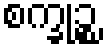
စက္ခုဉ္စ